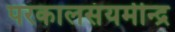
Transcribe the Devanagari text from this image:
परकालसंयमीन्द्र